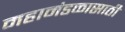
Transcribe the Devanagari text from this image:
महामंडळासाठी